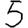
Digit: 5